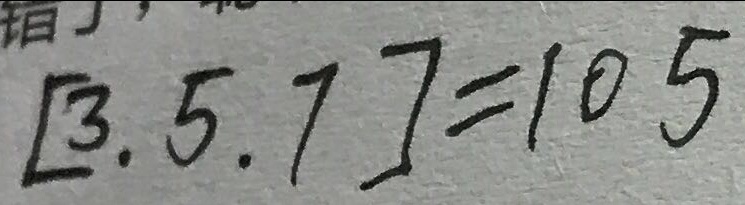
[ 3 , 5 , 7 ] = 1 0 5